Scottish Leaving Certificate Examination, 1961
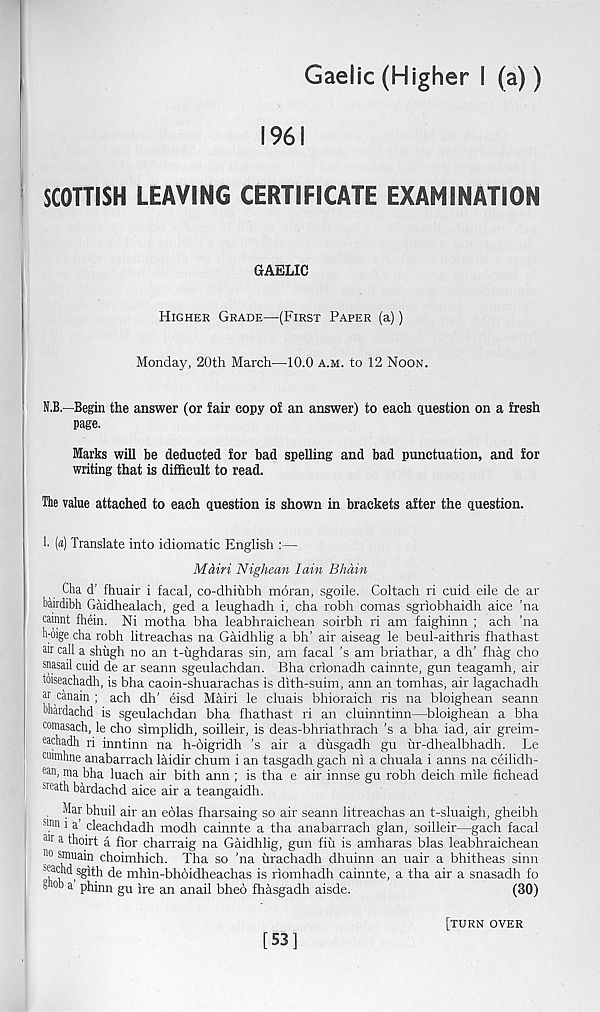
Gaelic (Higher I (a))
1961
SCOTTISH LEAVING CERTIFICATE EXAMINATION
GAELIC
Higher Grade—(First Paper (a))
Monday, 20th March—10.0 a.m. to 12 Noon.
N.B.—Begin the answer (or fair copy of an answer) to each question on a fresh
page.
Marks will be deducted for bad spelling and bad punctuation, and for
writing that is difficult to read.
The value attached to each question is shown in brackets after the question.
!■ («) Translate into idiomatic English :—
Main Nighean Iain Bhain
Cha d’ fhuair i facal, co-dhiubh mdran, sgoile. Coltach ri cuid eile de ar
bairdibh Gaidhealach, ged a leughadh i, cha robh comas sgriobhaidh aice ’na
cairmt fhein. Ni motha bha leabhraichean soirbh ri am faighinn ; ach ’na
boige cha robh litreachas na Gaidhlig a bh’ air aiseag le beul-aithris fhathast
an call a shugh no an t-ughdaras sin, am facal’s am briathar, a dh’ fhag cho
snasail cuid de ar seann sgeulachdan. Bha crionadh cainnte, gun teagamh, air
toiseachadh, is bha caoin-shuarachas is dith-suim, ann an tomhas, air lagachadh
ar canain ; ach dh’ eisd Mairi le cluais bhioraich ris na bloighean seann
Miardachd is sgeulachdan bha fhathast ri an cluinntinn—bloighean a bha
comasach, le cho simplidh, soilleir, is deas-bhriathrach’s a bha iad, air greim-
eachadh ri inntinn na h-6igridh ’s air a dusgadh gu ur-dhealbhadh. Le
cuimhne anabarrach laidir chum i an tasgadh gach ni a chuala i anns na ceilidh-
ean ’ ^ bha luach air bith ann ; is tha e air innse gu robh deich mile fiehead
sreath bardachd aice air a teangaidh.
Mar bhuil air an eolas fharsaing so air seann litreachas an t-sluaigh, gheibh
smn 1 a cleachdadh modh cainnte a tha anabarrach glan, soilleir—gach facal
air a tboirt a fior charraig na Gaidhlig, gun fiii is amharas bias leabhraichean
" 0 s
]
mua in choimhich. Tha so ’na urachadh dhuinn an uair a bhitheas sinn
sacM sgith de mhin-bhoidheachas is riomhadh cainnte, a tha air a snasadh fo
t > °b a phinn gu ire an anail bheo fhasgadh aisde.
(30)
[53]
[turn over